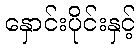
နှောင်းပိုင်းနှင့်